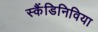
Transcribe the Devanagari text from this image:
स्कैंडिनिविया